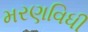
મરણવિધી